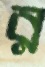
র